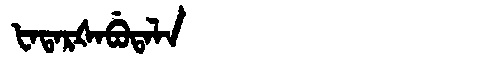
Manchu: ᡶᠠᡨᠠᡵᡧᠠᠪᡠᡨᠠᠯᠠ
Romanization: FATARŠABUTALA